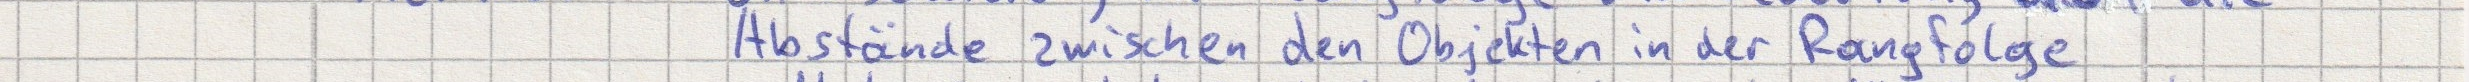
Abstände zwischen den Objekten in der Rangfolge